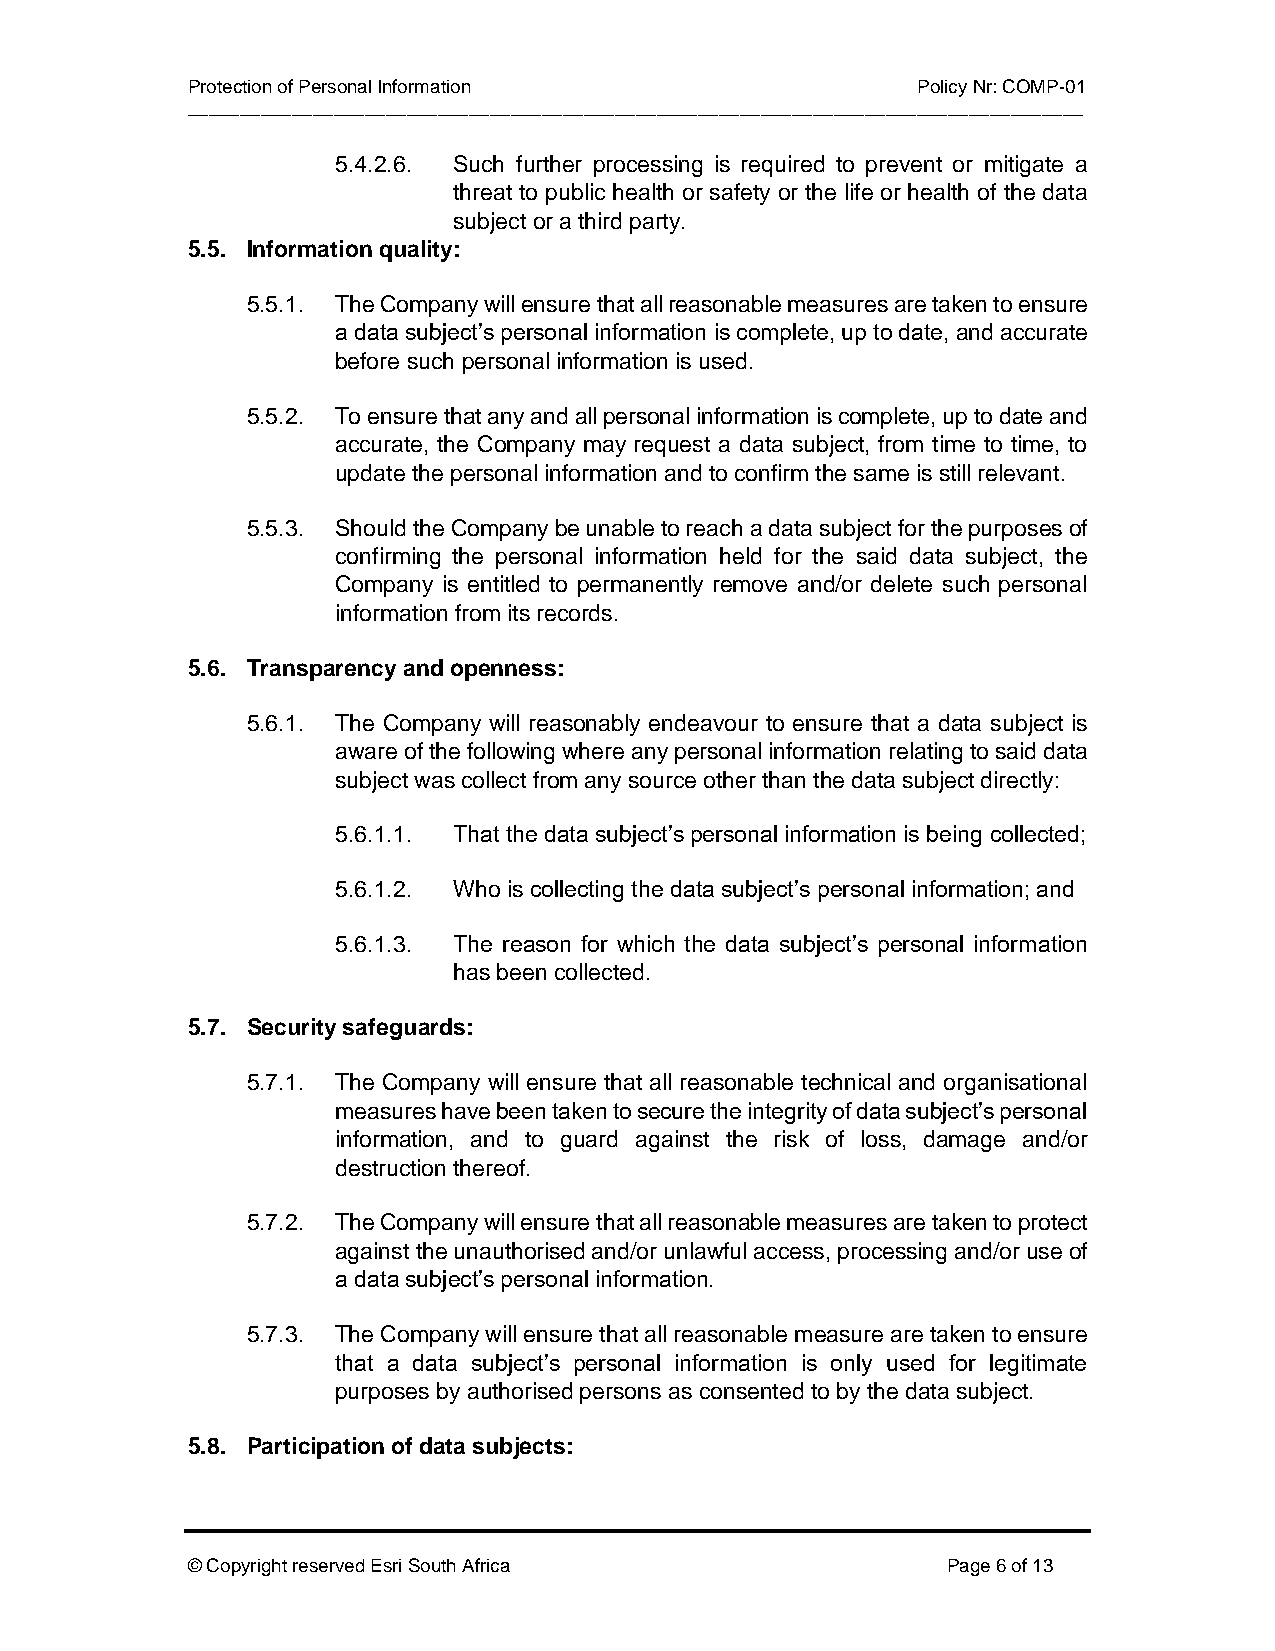
Protection of Personal Information               Policy Nr: COMP-01
 ______________________________________________________________________________________
 5.4.2.6. Such further processing is required to prevent or mitigate a
 threat to public health or safety or the life or health of the data
 subject or a third party.
 5.5. Information quality:
 5.5.1. The Company will ensure that all reasonable measures are taken to ensure
 a data subject’s personal information is complete, up to date, and accurate
 before such personal information is used.
 5.5.2. To ensure that any and all personal information is complete, up to date and
 accurate, the Company may request a data subject, from time to time, to
 update the personal information and to confirm the same is still relevant.
 5.5.3. Should the Company be unable to reach a data subject for the purposes of
 confirming the personal information held for the said data subject, the
 Company is entitled to permanently remove and/or delete such personal
 information from its records.
 5.6. Transparency and openness:
 5.6.1. The Company will reasonably endeavour to ensure that a data subject is
 aware of the following where any personal information relating to said data
 subject was collect from any source other than the data subject directly:
 5.6.1.1. That the data subject’s personal information is being collected;
 5.6.1.2. Who is collecting the data subject’s personal information; and
 5.6.1.3. The reason for which the data subject’s personal information
 has been collected.
 5.7. Security safeguards:
 5.7.1. The Company will ensure that all reasonable technical and organisational
 measures have been taken to secure the integrity of data subject’s personal
 information, and to guard against the risk of loss, damage and/or
 destruction thereof.
 5.7.2. The Company will ensure that all reasonable measures are taken to protect
 against the unauthorised and/or unlawful access, processing and/or use of
 a data subject’s personal information.
 5.7.3. The Company will ensure that all reasonable measure are taken to ensure
 that a data subject’s personal information is only used for legitimate
 purposes by authorised persons as consented to by the data subject.
 5.8. Participation of data subjects:
 © Copyright reserved Esri South Africa             Page 6 of 13